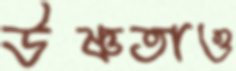
উষ্ণতাও